Vital statistics of India. Vol. V, Reports of 1876 on armies & jails and on epidemic cholera
Year: 1876
Disease focus: Cholera
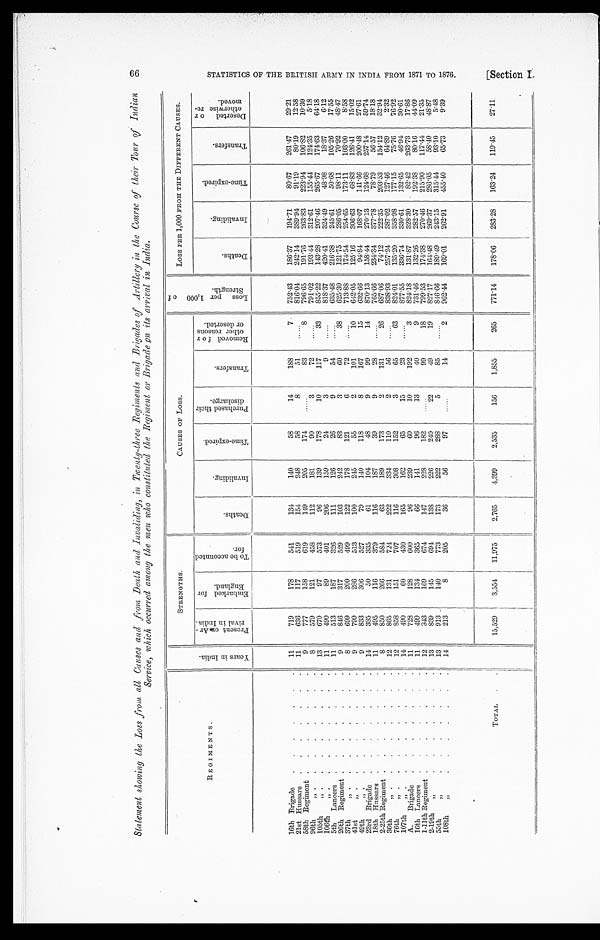
Statement showing the Loss from all Causes and from Death and Invaliding, in Twenty-three Regiments and Brigades of Artilery in the Course of their Tour of Indian
Service, which occurred among the men who constituted the Regiment or Brigade on its arrival in India.
REGIMENTS.
Y e a r s i n I n d i a .
STRENGTHS.
C A U S E S O F L O S S .
L o s s p e r 1 , 0 0 0 o f S t r e n g t h .
LOSS PER 1,000 FROM THE DIFFERENT CAUSES.
P r e s e n t o n A r - r i v a l i n I n d i a .
E m b a r k e d f o r E n g l a n d .
T o b e a c c o u n t e d f o r .
D e a t h s .
I n v a l i d i n g .
T i m e - e x p i r e d .
P u r c h a s e d t h e i r d i s c h a r g e .
T r a n s f e r s .
R e m o v e d f o r o t h e r r e a s o n s o r d e s e r t e d .
D e a t h s .
I n v a l i d i n g .
T i m e - e x p i r e d .
T r a n s f e r s .
D e s e r t e d o r o t h e r w i s e r e - m o v e d .
16th Brigade . . .
11
719
178
541
134
140
58
14
188
7
752.43
186.37
194.71
80.67
261.47
29.21
21st Hussars . . .
1 1
636
117
519
154
248
58
8
5 1
. . .
816.04
242.14
389.94
91.19
80.19
12.58
9
777
158
619
149
205
174
. . .
83
8
796.65
191.76
263.83
223.94
106.82
10.30
58th Regiment . . .
8
579
121
458
112
181
90
3
72
. . .
791.02
193.44
312.61
155.44
124.35
5.18
96th " . . .
13
670
97
573
96
139
178
10
117
33
855.22
143.28
207.46
265.67
174.63
64.18
105th " . . .
11
490
89
401
206
159
24
3
9
. . .
818.37
420.41
324.49
48.98
18.37
6.12
106th " . . .
11
513
187
326
1 1 1
126
26
9
54
. . .
635.48
216.38
245.61
50.68
105.26
17.55
5th Lancers . . .
9
846
317
529
103
242
83
3
60
38
625.30
121.75
286.05
98.11
70.92
48.47
26th Regiment . . .
8
699
200
499
122
178
121
6
72
. . .
713.88
174.54
254.65
173.11
103.00
8.58
37th " . . .
9
799
286
513
100
245
55
2
101
10
642.05
125.16
306.63
68.83
126.41
15.02
41st " . . .
9
833
306
527
79
140
118
8
167
15
632.66
94.84
168.07
141.66
200.48
27.61
49th " . . .
14
335
50
335
61
104
48
9
99
14
870.13
158.44
270.13
124.68
257.14
59.74
23rd Brigade . . .
18th Hussars . . .
11
495
116
379
116
187
39
9
28
. . .
765.66
234.34
377.78
78.79
56.57
18.18
8
850
266
584
63
189
173
2
131
2 6
687.06
74.12
222.35
203.53
154.12
32.94
2-25th Regiment . . .
12
865
131
724
222
334
110
2
56
. . .
838.93
257.24
387.02
127.46
64.89
2.32
36th " . . .
12
858
151
707
116
308
152
3
65
63
824.01
135.20
358.98
177.15
75.76
76.92
76th " . . .
14
490
60
430
165
162
65
15
23
. . .
877.55
336.74
330.61
132.65
46.94
30.61
107th " . . .
11
728
128
600
96
239
60
10
192
3
824.18
131.87
328.30
82.42
263.73
17.86
A . B r i g a d e . . .
11
499
134
365
66
141
96
13
40
9
731.46
132.26
282.57
192.38
80.16
44.09
16th Lancers . . .
1-11th Regiment . . .
12
8 4 3 169
674
147
228
182
. . .
99
18
799.53
174.38
270.46
215.90
117.44
21.35
13
839
145
694
138
226
240
22
49
19
827.17
164.48
269.37
286.05
58.40
48.87
2-19th " . . .
1 3
913
140
773
173
222
288
5
85
. . .
846.66
189.49
243.15
315.44
93.10
5.48
55th " . . .
65.73
9.39
108th " . . .
1 4
213
8
205
36
56
97
. . .
14
2
962.44
169.01
262.91
455.40
TOTAL . . .
15,529
3,554
11,975
2,765
4,399
2,535
156
1,855
265
771.14
178.06
283.28
163.24
119.45
27.11
66 S T A T I S T I C S O F T H E B R I T I S H A R M Y I N I N D I A F R O M 1 8 7 1 T O 1 8 7 6 . [ S e c t i o n I .